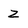
Character: Z